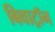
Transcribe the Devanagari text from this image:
बिवाट्रॉन